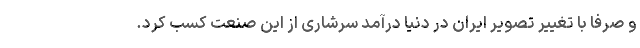
و صرفا با تغییر تصویر ایران در دنیا درآمد سرشاری از این صنعت کسب کرد.